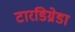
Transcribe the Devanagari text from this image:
टारडिग्रेडा